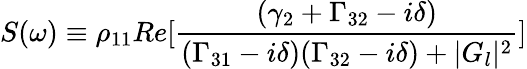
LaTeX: S(\omega)\equiv\rho_{11}Re[\frac{(\gamma_{2}+\Gamma_{32}-i\delta)}{(\Gamma_{31}-i\delta)(\Gamma_{32}-i\delta)+|G_{l}|^{2}}]